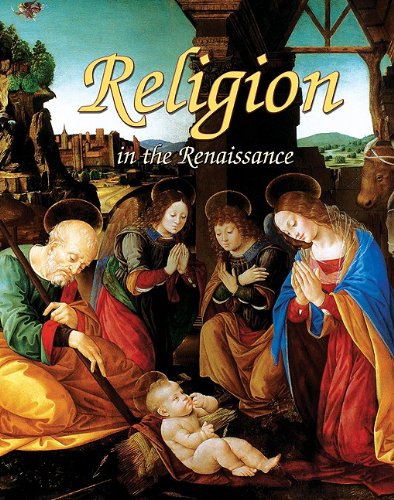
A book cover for Religion in the Renaissance (Renaissance World); Lizann Flatt; Children's Books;